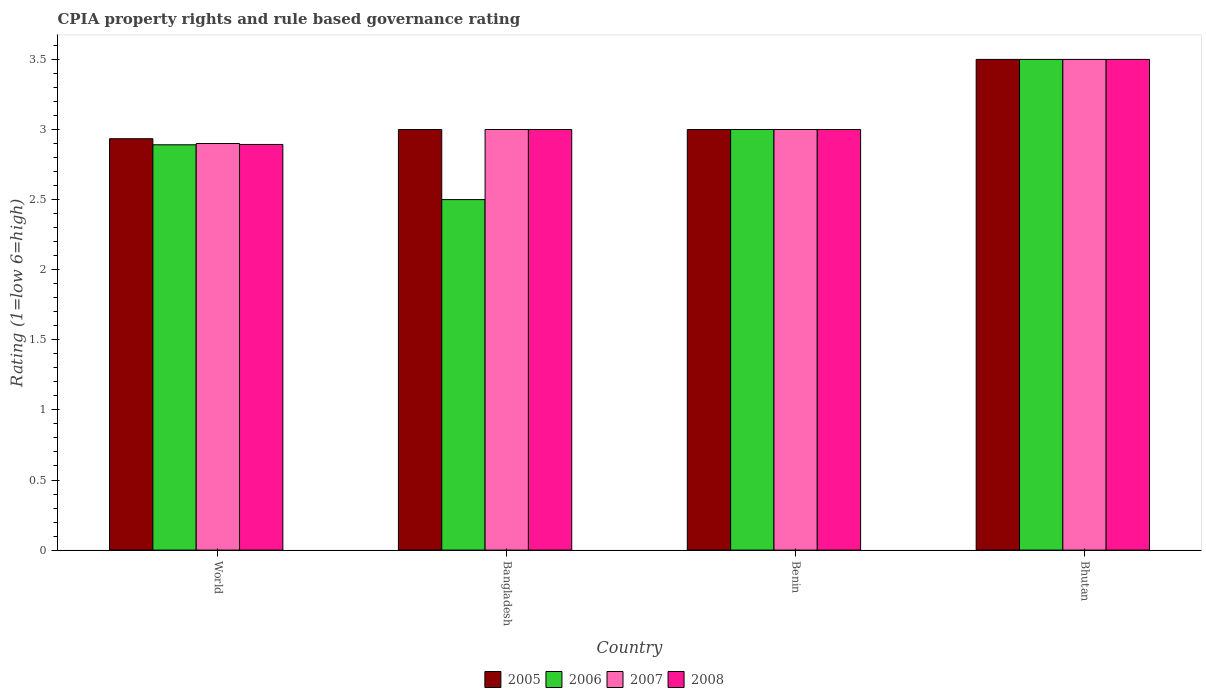
| Country | 2005 | 2006 | 2007 | 2008 |
 | --- | --- | --- | --- | --- |
 | World | 2.93 | 2.89 | 2.9 | 2.89 |
 | Bangladesh | 3 | 2.5 | 3 | 3 |
 | Benin | 3 | 3 | 3 | 3 |
 | Bhutan | 3.5 | 3.5 | 3.5 | 3.5 |